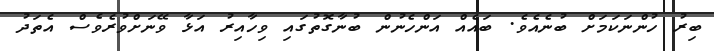
ބިރު ހުންނަކަމަށް ބުނެއެވެ. ބައެއް އަންހެނުން ބުނާގޮތުގައި ވިހާއިރު އަޅާ ވޭނަށްވުރެވެސް އެތަދު